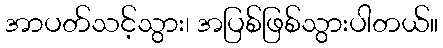
အာပတ်သင့်သွား၊ အပြစ်ဖြစ်သွားပါတယ်။